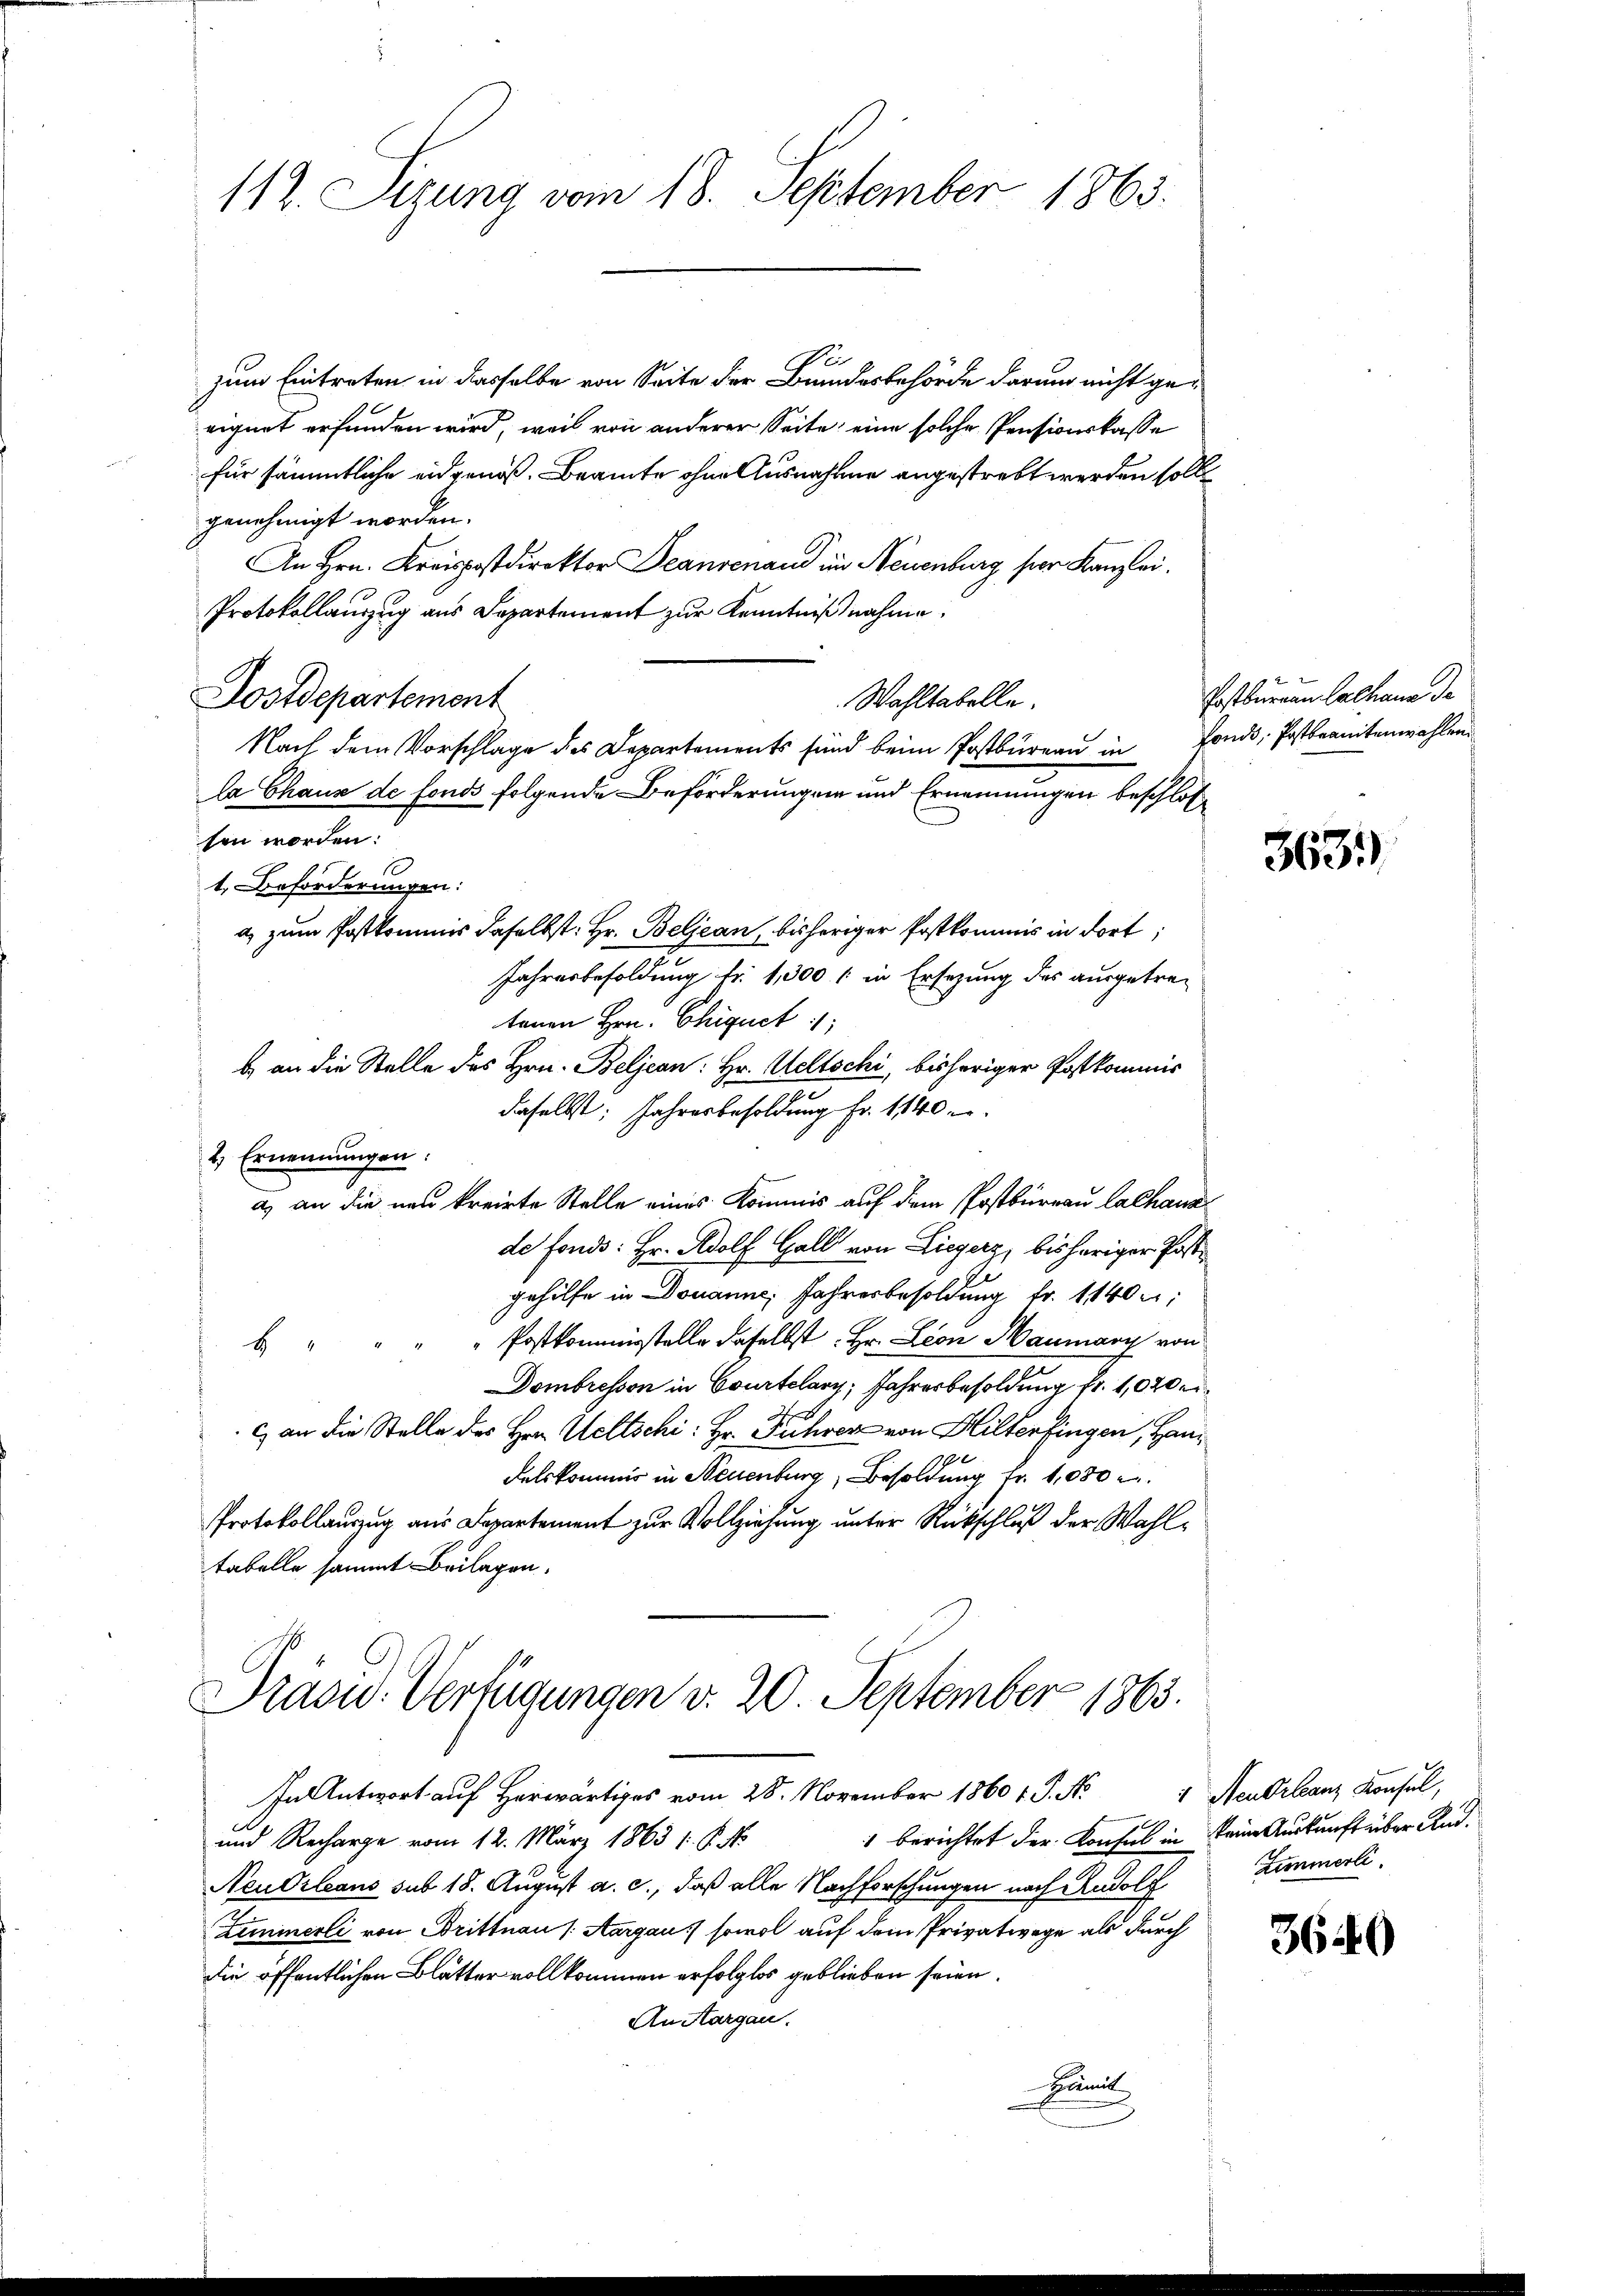
112. Sitzung vom 18. September 1863.

i
zum Eintreten in dasselbe von Seite der Bundesbehörde darum nicht geeignet erfunden wird, weil von anderer Seite, eine solche Pensionskasse
für sämmtliche eidgenoß, Beamte ohne Ausnahme angestrebt werden soll
genehmigt worden.
An Hrn. Kreispostdirektor Beansenand im Neuenburg hier Kanzlei.
Protokollauszug aus Departement zur Kenntnißnahme.
Postdepartement
Nach dem Vorschlage des Departements sind beim Postbureau in
la Chaux de fonds folgende Beförderungen und Ernennungen beschlossen worden:
1. Beforderungen:
a) zum Postkommis daselbst: Hr. Beljean, bisheriger Postkommis in dort
Jahresbesoldung Fr. 1,300 f: in Ersezung des ausgetre-
tenen Hrn. Chiquet
b. an die Stelle des Hrn. Beljean: Hr. Weltschi, bisheriger Postkommis
daselbst: Jahresbesoldung Fr. 1140
2) Ernennungen.
a) an die neu kreirte Stelle eines Kommis auf dem Postbureau Lalhaua
de fonds: Hr. Adolf Gall von Liegerz, bisheriger Postgehilfe in Douanne, Jahresbesoldung fr. 1140:
b. " " " " Postkommisstelle daselbst. Hr. Leon Maumary von
Dombresson in Courtelary, Jahresbesoldung fr. 1020 ei
Eigen
c) an die Stelle des Hrn. Weltschi: Hr. Führer von Hilterfingen, Hanx
delskommis in Neuenburg, Besoldung Fr. 1080
Protokollauszug aus Departement zur Vollziehung unter Rückschluß der Wahltabelle sammt Beilagen.

Wahltabelle.

Prasid. Verfügungen v. 20. September 1863.
In Antwort auf Herr vom 28. November 1860 v. J. No 4 Neubilanz Konsul,

und Recharge vom 12. März 1863 1. P. Nr. 1 berichtet der Konsul in keine Auskunft über Kind¬
Neudrleans sub 18. August a. c., daß alle Nachforschungen nach Rudolf Zimmerli
Ziminerli von Drittnau (Aargau, sowol auf dem Privatwege als durch
die öffentlichen Blätter vollkommen erfolglos geblieben seien.
An Aargau.
Famil

Postburgau Cathane de
fonds, Postbrantenwahlen

3631)

3640